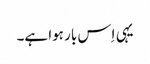
یہی اِس بار ہوا ہے۔